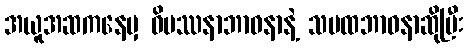
အယူအဆကနေမှ ဝိပဿနာဘာဝနာနဲ့ သမထဘာဝနာဆိုပြီး